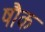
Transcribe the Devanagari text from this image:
षौक